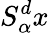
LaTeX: S_{\alpha}^{d}x